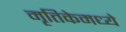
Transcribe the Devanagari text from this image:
मृतिकेमध्ये